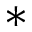
^ \ast